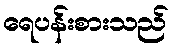
ရေပန်းစားသည်